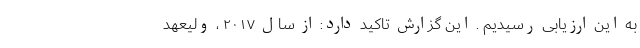
به این ارزیابی رسیدیم . این گزارش تاکید دارد: از سال ۲۰۱۷ ، ولیعهد